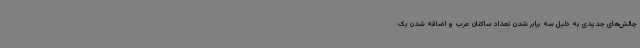
چالش‌های جدیدی به دلیل سه برابر شدن تعداد ساکنان عرب و اضافه شدن یک